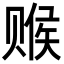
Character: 𬥽